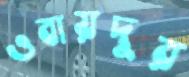
ওবায়দুর